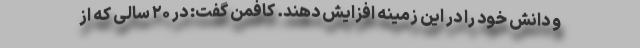
و دانش خود را در این زمینه افزایش دهند. کافمن گفت: در ۲۰ سالی که از